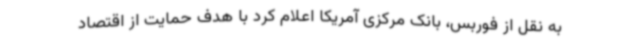
به نقل از فوربس، بانک مرکزی آمریکا اعلام کرد با هدف حمایت از اقتصاد